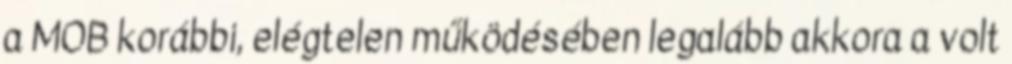
a MOB korábbi, elégtelen működésében legalább akkora a volt